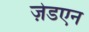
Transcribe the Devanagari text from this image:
ज़ेडएन